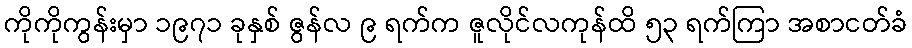
ကိုကိုကွန်းမှာ ၁၉၇၁ ခုနှစ် ဇွန်လ ၉ ရက်က ဇူလိုင်လကုန်ထိ ၅၃ ရက်ကြာ အစာငတ်ခံ